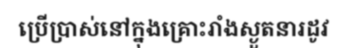
ប្រើប្រាស់នៅក្នុងគ្រោះរាំងស្ងួតនារដូវ